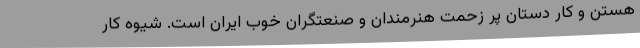
هستن و کار دستان پر زحمت هنرمندان و صنعتگران خوب ایران است. شیوه کار